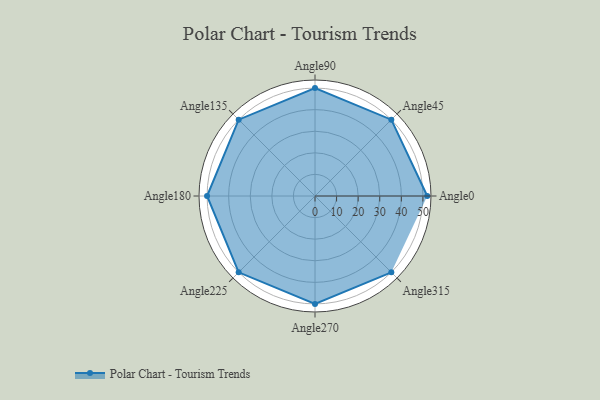
{"axis": {"x": "Angle", "y": "Radius"}, "legend": [""], "data": [{"x": "Angle0", "y": 52.0, "type": ""}, {"x": "Angle45", "y": 50, "type": ""}, {"x": "Angle90", "y": 50, "type": ""}, {"x": "Angle135", "y": 50, "type": ""}, {"x": "Angle180", "y": 50, "type": ""}, {"x": "Angle225", "y": 50, "type": ""}, {"x": "Angle270", "y": 50, "type": ""}, {"x": "Angle315", "y": 50, "type": ""}]}